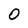
Character: O